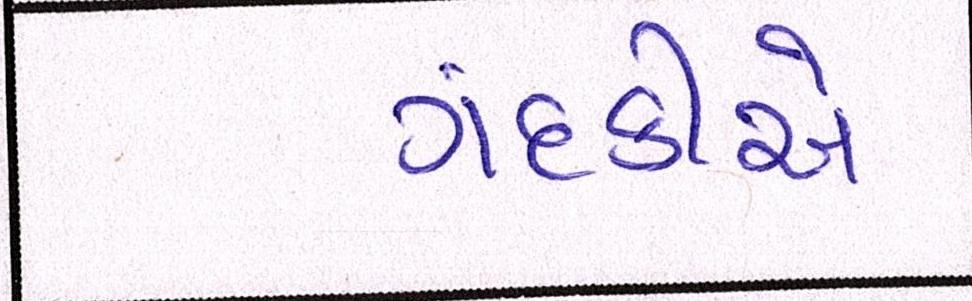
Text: ગંદકીએ